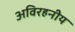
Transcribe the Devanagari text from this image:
अविरहनीय